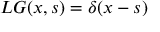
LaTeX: L G ( x , s ) = \delta ( x - s )